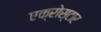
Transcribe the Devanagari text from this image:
एक्रोस्टार